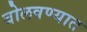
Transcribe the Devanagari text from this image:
बोलवण्यात